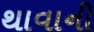
થાવાની